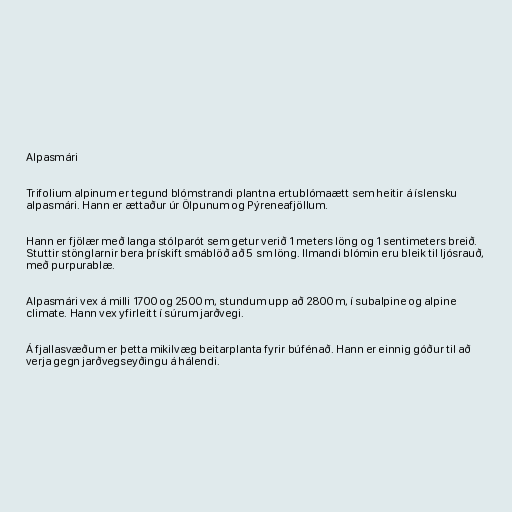
Alpasmári

Trifolium alpinum er tegund blómstrandi plantna ertublómaætt sem heitir á íslensku
alpasmári. Hann er ættaður úr Ölpunum og Pýreneafjöllum.

Hann er fjölær með langa stólparót sem getur verið 1 meters löng og 1 sentimeters breið.
Stuttir stönglarnir bera þrískift smáblöð að 5 sm löng. Ilmandi blómin eru bleik til ljósrauð,
með purpurablæ.

Alpasmári vex á milli 1700 og 2500 m, stundum upp að 2800 m, í subalpine og alpine
climate. Hann vex yfirleitt í súrum jarðvegi.

Á fjallasvæðum er þetta mikilvæg beitarplanta fyrir búfénað. Hann er einnig góður til að
verja gegn jarðvegseyðingu á hálendi.